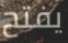
يفتح